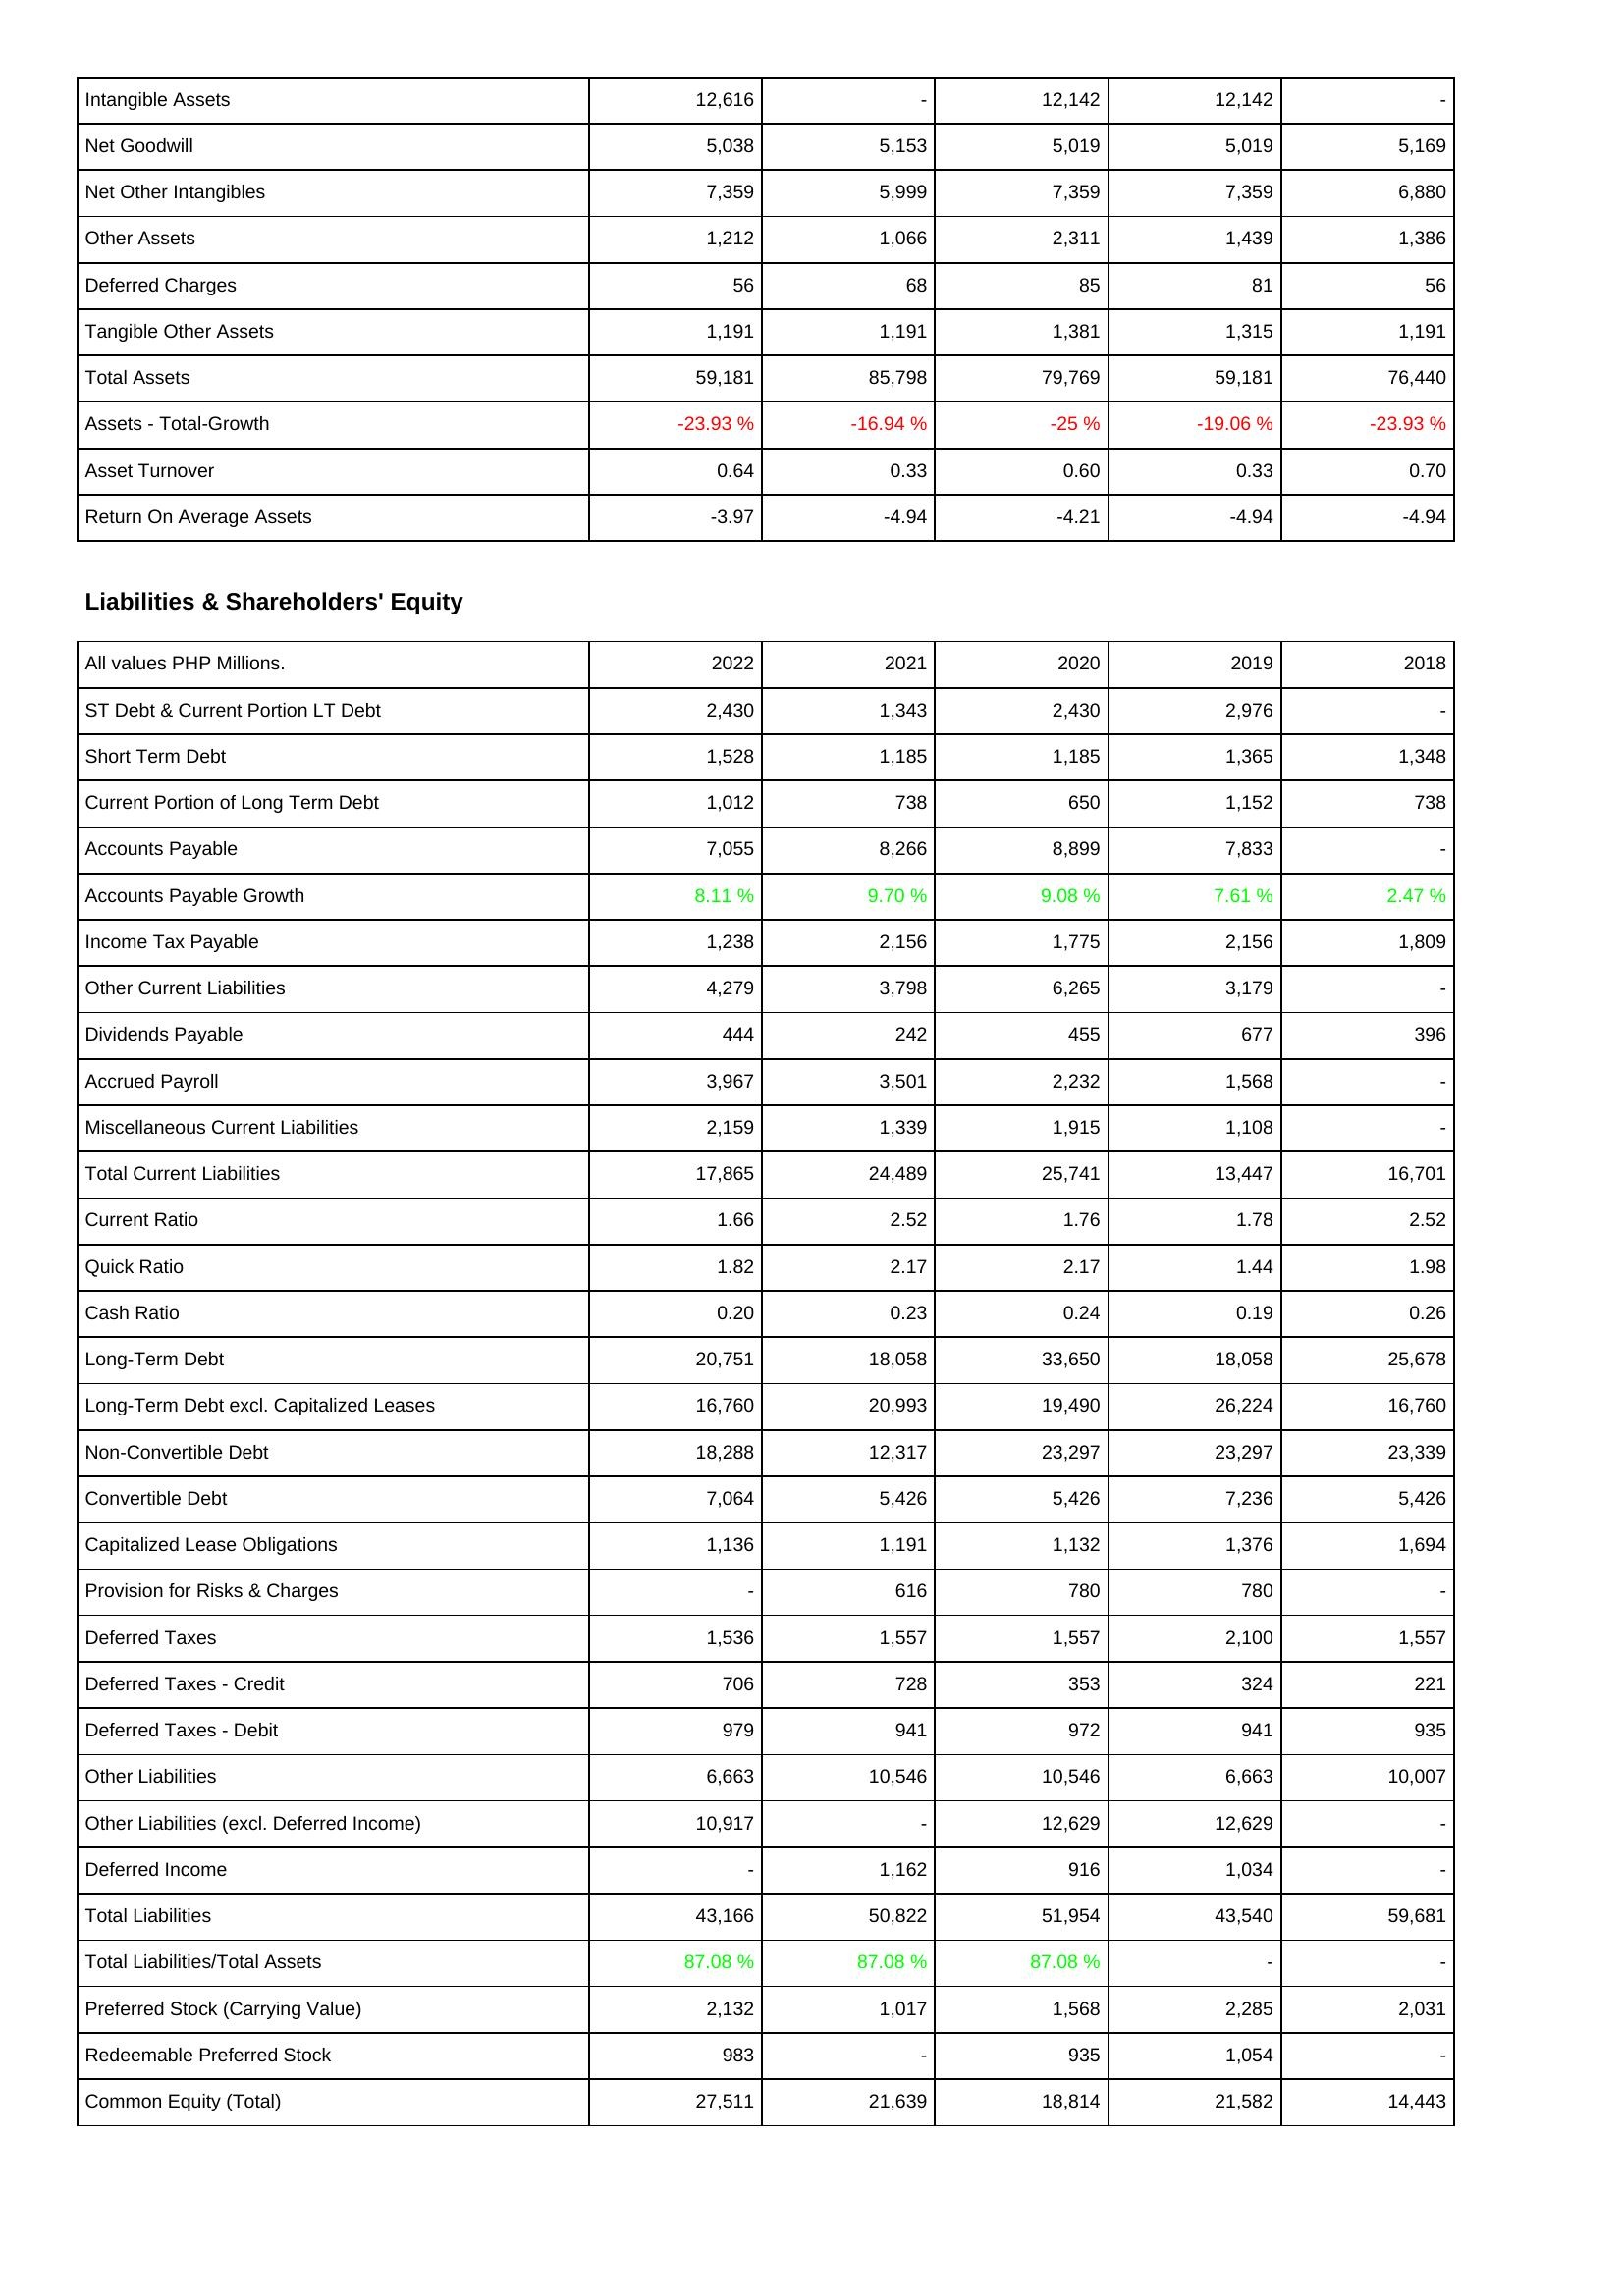
2022: Assets: Intangible Assets: 12,616
Net Goodwill: 5,038
Net Other Intangibles: 7,359
Other Assets: 1,212
Deferred Charges: 56
Tangible Other Assets: 1,191
Total Assets: 59,181
Assets - Total-Growth: -23.93 %
Asset Turnover: 0.64
Return On Average Assets: -3.97
Liabilities & Shareholders' Equity: ST Debt & Current Portion LT Debt: 2,430
Short Term Debt: 1,528
Current Portion of Long Term Debt: 1,012
Accounts Payable: 7,055
Accounts Payable Growth: 8.11 %
Income Tax Payable: 1,238
Other Current Liabilities: 4,279
Dividends Payable: 444
Accrued Payroll: 3,967
Miscellaneous Current Liabilities: 2,159
Total Current Liabilities: 17,865
Current Ratio: 1.66
Quick Ratio: 1.82
Cash Ratio: 0.20
Long-Term Debt: 20,751
Long-Term Debt excl. Capitalized Leases: 16,760
Non-Convertible Debt: 18,288
Convertible Debt: 7,064
Capitalized Lease Obligations: 1,136
Provision for Risks & Charges: -
Deferred Taxes: 1,536
Deferred Taxes - Credit: 706
Deferred Taxes - Debit: 979
Other Liabilities: 6,663
Other Liabilities (excl. Deferred Income): 10,917
Deferred Income: -
Total Liabilities: 43,166
Total Liabilities/Total Assets: 87.08 %
Preferred Stock (Carrying Value): 2,132
Redeemable Preferred Stock: 983
Common Equity (Total): 27,511
2021: Assets: Intangible Assets: -
Net Goodwill: 5,153
Net Other Intangibles: 5,999
Other Assets: 1,066
Deferred Charges: 68
Tangible Other Assets: 1,191
Total Assets: 85,798
Assets - Total-Growth: -16.94 %
Asset Turnover: 0.33
Return On Average Assets: -4.94
Liabilities & Shareholders' Equity: ST Debt & Current Portion LT Debt: 1,343
Short Term Debt: 1,185
Current Portion of Long Term Debt: 738
Accounts Payable: 8,266
Accounts Payable Growth: 9.70 %
Income Tax Payable: 2,156
Other Current Liabilities: 3,798
Dividends Payable: 242
Accrued Payroll: 3,501
Miscellaneous Current Liabilities: 1,339
Total Current Liabilities: 24,489
Current Ratio: 2.52
Quick Ratio: 2.17
Cash Ratio: 0.23
Long-Term Debt: 18,058
Long-Term Debt excl. Capitalized Leases: 20,993
Non-Convertible Debt: 12,317
Convertible Debt: 5,426
Capitalized Lease Obligations: 1,191
Provision for Risks & Charges: 616
Deferred Taxes: 1,557
Deferred Taxes - Credit: 728
Deferred Taxes - Debit: 941
Other Liabilities: 10,546
Other Liabilities (excl. Deferred Income): -
Deferred Income: 1,162
Total Liabilities: 50,822
Total Liabilities/Total Assets: 87.08 %
Preferred Stock (Carrying Value): 1,017
Redeemable Preferred Stock: -
Common Equity (Total): 21,639
2020: Assets: Intangible Assets: 12,142
Net Goodwill: 5,019
Net Other Intangibles: 7,359
Other Assets: 2,311
Deferred Charges: 85
Tangible Other Assets: 1,381
Total Assets: 79,769
Assets - Total-Growth: -25 %
Asset Turnover: 0.60
Return On Average Assets: -4.21
Liabilities & Shareholders' Equity: ST Debt & Current Portion LT Debt: 2,430
Short Term Debt: 1,185
Current Portion of Long Term Debt: 650
Accounts Payable: 8,899
Accounts Payable Growth: 9.08 %
Income Tax Payable: 1,775
Other Current Liabilities: 6,265
Dividends Payable: 455
Accrued Payroll: 2,232
Miscellaneous Current Liabilities: 1,915
Total Current Liabilities: 25,741
Current Ratio: 1.76
Quick Ratio: 2.17
Cash Ratio: 0.24
Long-Term Debt: 33,650
Long-Term Debt excl. Capitalized Leases: 19,490
Non-Convertible Debt: 23,297
Convertible Debt: 5,426
Capitalized Lease Obligations: 1,132
Provision for Risks & Charges: 780
Deferred Taxes: 1,557
Deferred Taxes - Credit: 353
Deferred Taxes - Debit: 972
Other Liabilities: 10,546
Other Liabilities (excl. Deferred Income): 12,629
Deferred Income: 916
Total Liabilities: 51,954
Total Liabilities/Total Assets: 87.08 %
Preferred Stock (Carrying Value): 1,568
Redeemable Preferred Stock: 935
Common Equity (Total): 18,814
2019: Assets: Intangible Assets: 12,142
Net Goodwill: 5,019
Net Other Intangibles: 7,359
Other Assets: 1,439
Deferred Charges: 81
Tangible Other Assets: 1,315
Total Assets: 59,181
Assets - Total-Growth: -19.06 %
Asset Turnover: 0.33
Return On Average Assets: -4.94
Liabilities & Shareholders' Equity: ST Debt & Current Portion LT Debt: 2,976
Short Term Debt: 1,365
Current Portion of Long Term Debt: 1,152
Accounts Payable: 7,833
Accounts Payable Growth: 7.61 %
Income Tax Payable: 2,156
Other Current Liabilities: 3,179
Dividends Payable: 677
Accrued Payroll: 1,568
Miscellaneous Current Liabilities: 1,108
Total Current Liabilities: 13,447
Current Ratio: 1.78
Quick Ratio: 1.44
Cash Ratio: 0.19
Long-Term Debt: 18,058
Long-Term Debt excl. Capitalized Leases: 26,224
Non-Convertible Debt: 23,297
Convertible Debt: 7,236
Capitalized Lease Obligations: 1,376
Provision for Risks & Charges: 780
Deferred Taxes: 2,100
Deferred Taxes - Credit: 324
Deferred Taxes - Debit: 941
Other Liabilities: 6,663
Other Liabilities (excl. Deferred Income): 12,629
Deferred Income: 1,034
Total Liabilities: 43,540
Total Liabilities/Total Assets: -
Preferred Stock (Carrying Value): 2,285
Redeemable Preferred Stock: 1,054
Common Equity (Total): 21,582
2018: Assets: Intangible Assets: -
Net Goodwill: 5,169
Net Other Intangibles: 6,880
Other Assets: 1,386
Deferred Charges: 56
Tangible Other Assets: 1,191
Total Assets: 76,440
Assets - Total-Growth: -23.93 %
Asset Turnover: 0.70
Return On Average Assets: -4.94
Liabilities & Shareholders' Equity: ST Debt & Current Portion LT Debt: -
Short Term Debt: 1,348
Current Portion of Long Term Debt: 738
Accounts Payable: -
Accounts Payable Growth: 2.47 %
Income Tax Payable: 1,809
Other Current Liabilities: -
Dividends Payable: 396
Accrued Payroll: -
Miscellaneous Current Liabilities: -
Total Current Liabilities: 16,701
Current Ratio: 2.52
Quick Ratio: 1.98
Cash Ratio: 0.26
Long-Term Debt: 25,678
Long-Term Debt excl. Capitalized Leases: 16,760
Non-Convertible Debt: 23,339
Convertible Debt: 5,426
Capitalized Lease Obligations: 1,694
Provision for Risks & Charges: -
Deferred Taxes: 1,557
Deferred Taxes - Credit: 221
Deferred Taxes - Debit: 935
Other Liabilities: 10,007
Other Liabilities (excl. Deferred Income): -
Deferred Income: -
Total Liabilities: 59,681
Total Liabilities/Total Assets: -
Preferred Stock (Carrying Value): 2,031
Redeemable Preferred Stock: -
Common Equity (Total): 14,443